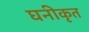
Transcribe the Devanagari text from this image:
घनीकृत